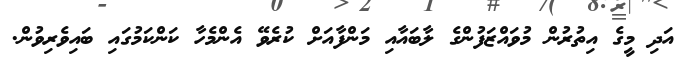
އަދި މީގެ އިތުރުން މުވައްޒަފުންގެ ލާބައާއި މަންފާއަށް ކުރެވޭ އެންމެހާ ކަންކަމުގައި ބައިވެރިވުން.